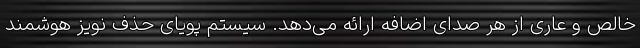
خالص و عاری از هر صدای اضافه ارائه می‌دهد. سیستم پویای حذف نویز هوشمند